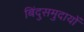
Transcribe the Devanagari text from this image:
बिंदुसमुदायों